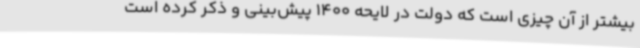
بیشتر از آن چیزی است که دولت در لایحه 1400 پیش‌بینی و ذکر کرده است